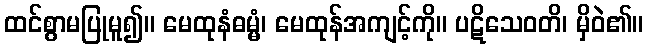
ထင်စွာမပြုမူ၍။ မေထုနံဓမ္မံ၊ မေထုန်အကျင့်ကို။ ပဋိသေဝတိ၊ မှိဝဲ၏။